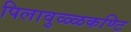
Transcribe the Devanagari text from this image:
पिलावुळ्ळकण्टि